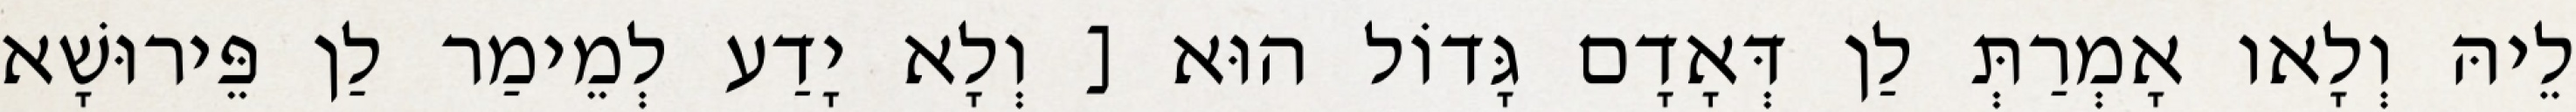
לֵיהּ וְלָאו אָמְרַתְּ לַן דְּאָדָם גָּדוֹל הוּא [ וְלָא יָדַע לְמֵימַר לַן פֵּירוּשָׁא